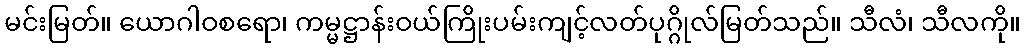
မင်းမြတ်။ ယောဂါဝစရော၊ ကမ္မဋ္ဌာန်းဝယ်ကြိုးပမ်းကျင့်လတ်ပုဂ္ဂိုလ်မြတ်သည်။ သီလံ၊ သီလကို။